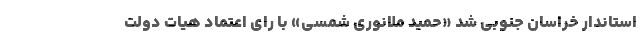
استاندار خراسان جنوبی شد «حمید ملانوری شمسی» با رای اعتماد هیات دولت